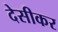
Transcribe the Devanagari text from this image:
देसीकर